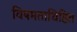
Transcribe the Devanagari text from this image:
विषमताधिष्ठित